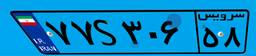
۷۷S۳۰۶۵۸